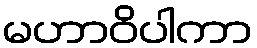
မဟာဝိပါကာ